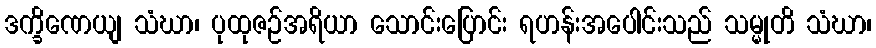
ဒက္ခိဏေယျ သံဃာ၊ ပုထုဇဉ်အရိယာ သောင်းပြောင်း ရဟန်းအပေါင်းသည် သမ္မုတိ သံဃာ၊